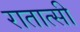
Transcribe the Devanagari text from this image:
रातात्सी